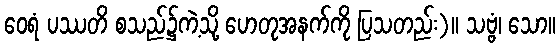
ဝေရံ ပဿတိ စသည်၌ကဲ့သို့ ဟေတုအနက်ကို ပြသတည်း)။ သဗ္ဗံ၊ သော။